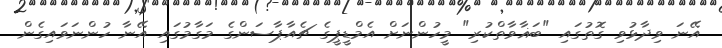
އޭނަ ވިދާޅުވި ގޮތުގައި "ބަޣާވާތްކުރި" މީހުންނަށް އެމްޑީޕީގެ ޗެއާޕާސަންގެ މަގާމުގައި އޭނާ ހުންނަވައިގެން